Problem: 9 × 7 = ?
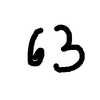
Handwritten answer: 63